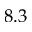
8 . 3